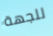
للجهة